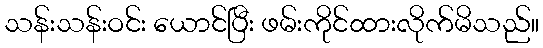
သန်းသန်းဝင်း ယောင်ပြီး ဖမ်းကိုင်ထားလိုက်မိသည်။